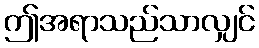
ဤအရာသည်သာလျှင်